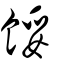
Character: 餒